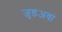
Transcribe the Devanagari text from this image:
जुडअवां